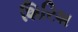
શિરિશ